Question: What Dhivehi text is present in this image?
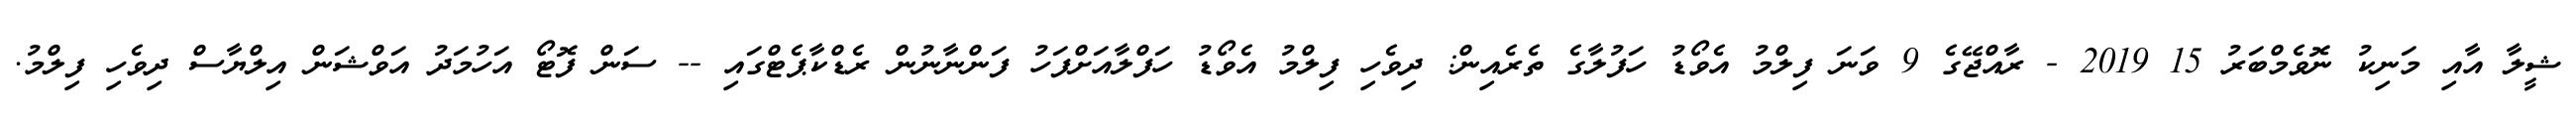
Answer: ޝީލާ އާއި މަނިކު ނޮވެމްބަރު 15 2019 - ރާއްޖޭގެ 9 ވަނަ ފިލްމު އެވޯޑު ހަފުލާގެ ތެރެއިން: ދިވެހި ފިލްމު އެވޯޑު ހަފްލާއަށްފަހު ފަންނާނުން ރެޑްކާޕެޓްގައި -- ސަން ފޮޓޯ އަހުމަދު އަވްޝަން އިލްޔާސް ދިވެހި ފިލްމު.